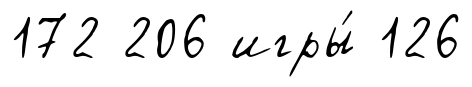
172 206 игры́ 126